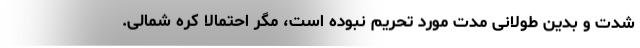
شدت و بدین طولانی مدت مورد تحریم نبوده است، مگر احتمالاً کره شمالی.